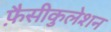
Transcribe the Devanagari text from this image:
फ़ैसीकुलेशन